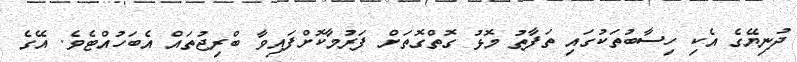
ދުނިޔޭގެ އެކި ހިސާބުތަކުގައި ތަފާތު މޮޅު ގޮތްގޮތަށް ފަރުމާކޮށްފައިވާ ބްރިޖުތައް އެބަހުއްޓެވެ. އޭގެ